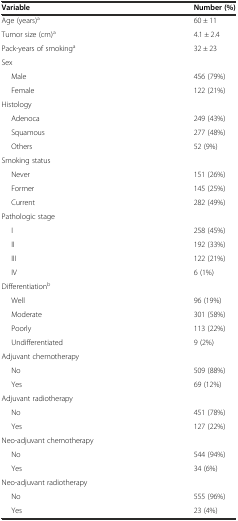
<table><thead><tr><td><b>Variable</b></td><td><b>Number (%)</b></td></tr></thead><tbody><tr><td>Age (years)<sup>a</sup></td><td>60 ± 11</td></tr><tr><td>Tumor size (cm)<sup>a</sup></td><td>4.1 ± 2.4</td></tr><tr><td>Pack-years of smoking<sup>a</sup></td><td>32 ± 23</td></tr><tr><td>Sex</td><td></td></tr><tr><td>Male</td><td>456 (79%)</td></tr><tr><td>Female</td><td>122 (21%)</td></tr><tr><td>Histology</td><td></td></tr><tr><td>Adenoca</td><td>249 (43%)</td></tr><tr><td>Squamous</td><td>277 (48%)</td></tr><tr><td>Others</td><td>52 (9%)</td></tr><tr><td>Smoking status</td><td></td></tr><tr><td>Never</td><td>151 (26%)</td></tr><tr><td>Former</td><td>145 (25%)</td></tr><tr><td>Current</td><td>282 (49%)</td></tr><tr><td>Pathologic stage</td><td></td></tr><tr><td>I</td><td>258 (45%)</td></tr><tr><td>II</td><td>192 (33%)</td></tr><tr><td>III</td><td>122 (21%)</td></tr><tr><td>IV</td><td>6 (1%)</td></tr><tr><td>Differentiation<sup>b</sup></td><td></td></tr><tr><td>Well</td><td>96 (19%)</td></tr><tr><td>Moderate</td><td>301 (58%)</td></tr><tr><td>Poorly</td><td>113 (22%)</td></tr><tr><td>Undifferentiated</td><td>9 (2%)</td></tr><tr><td>Adjuvant chemotherapy</td><td></td></tr><tr><td>No</td><td>509 (88%)</td></tr><tr><td>Yes</td><td>69 (12%)</td></tr><tr><td>Adjuvant radiotherapy</td><td></td></tr><tr><td>No</td><td>451 (78%)</td></tr><tr><td>Yes</td><td>127 (22%)</td></tr><tr><td>Neo-adjuvant chemotherapy</td><td></td></tr><tr><td>No</td><td>544 (94%)</td></tr><tr><td>Yes</td><td>34 (6%)</td></tr><tr><td>Neo-adjuvant radiotherapy</td><td></td></tr><tr><td>No</td><td>555 (96%)</td></tr><tr><td>Yes</td><td>23 (4%)</td></tr></tbody></table>